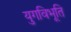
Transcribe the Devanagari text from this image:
युगविभूति